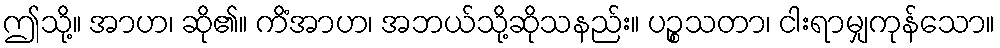
ဤသို့။ အာဟ၊ ဆို၏။ ကိံအာဟ၊ အဘယ်သို့ဆိုသနည်း။ ပဉ္စသတာ၊ ငါးရာမျှကုန်သော။